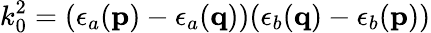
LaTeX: k_{0}^{2}=(\epsilon_{a}({\mathbf p})-\epsilon_{a}({\mathbf q}))(\epsilon_{b}({\mathbf q})-\epsilon_{b}({\mathbf p}))